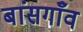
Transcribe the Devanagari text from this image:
बांसगाँव